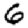
Digit: 6